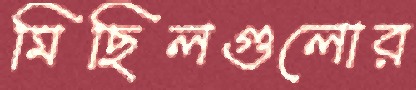
মিছিলগুলোর